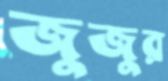
জুজুর